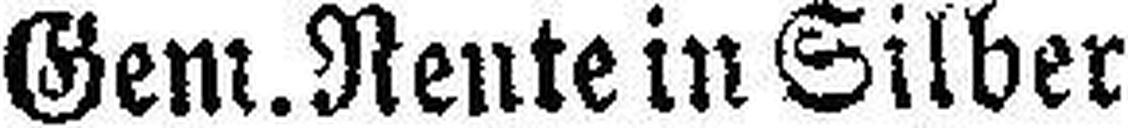
Gem. Rente in Silber